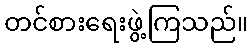
တင်စားရေးဖွဲ့ကြသည်။